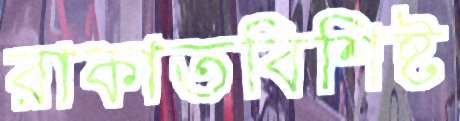
রাকাতবিশিষ্ট